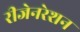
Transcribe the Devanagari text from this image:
रीजेनरेशन